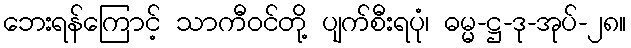
ဘေးရန်ကြောင့် သာကီဝင်တို့ ပျက်စီးရပုံ၊ ဓမ္မ-ဋ္ဌ-ဒု-အုပ်-၂၈။